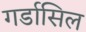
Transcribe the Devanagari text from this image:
गर्डासिल